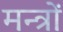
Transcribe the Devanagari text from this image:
मन्त्राें